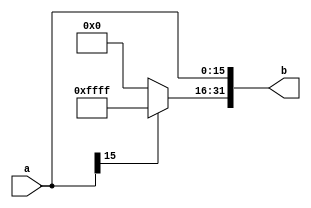
`timescale 1ns / 1ps
//////////////////////////////////////////////////////////////////////////////////
// Company: 
// Engineer: 
// 
// Design Name: 
// Module Name:    Sign_Extender 
// Project Name: 
// Target Devices: 
// Tool versions: 
// Description: 
//
// Dependencies: 
//
// Revision: 
// Revision 0.01 - File Created
// Additional Comments: 
//
//////////////////////////////////////////////////////////////////////////////////
module Sign_Extender(
	input	[15:0] a,//16
	output[31:0] b	//32
    );
//a[15]1100
	assign b = {a[15] ? 16'hffff : 16'h0 , a};

endmodule